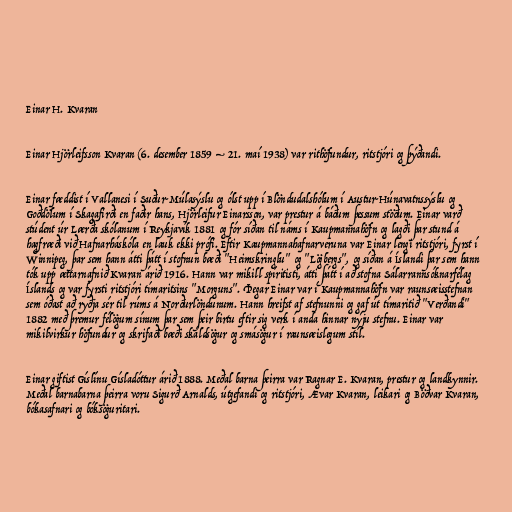
Einar H. Kvaran

Einar Hjörleifsson Kvaran (6. desember 1859 – 21. maí 1938) var rithöfundur, ritstjóri og þýðandi.

Einar fæddist í Vallanesi í Suður-Múlasýslu og ólst upp í Blöndudalshólum í Austur-Húnavatnssýslu og
Goðdölum í Skagafirði en faðir hans, Hjörleifur Einarsson, var prestur á báðum þessum stöðum. Einar varð
stúdent úr Lærða skólanum í Reykjavík 1881 og fór síðan til náms í Kaupmannahöfn og lagði þar stund á
hagfræði við Hafnarháskóla en lauk ekki prófi. Eftir Kaupmannahafnarveruna var Einar lengi ritstjóri, fyrst í
Winnipeg, þar sem hann átti þátt í stofnun bæði "Heimskringlu" og "Lögbergs", og síðan á Íslandi þar sem hann
tók upp ættarnafnið Kvaran árið 1916. Hann var mikill spíritisti, átti þátt í að stofna Sálarrannsóknarfélag
Íslands og var fyrsti ritstjóri tímaritsins "Morguns". Þegar Einar var í Kaupmannahöfn var raunsæisstefnan
sem óðast að ryðja sér til rúms á Norðurlöndunum. Hann hreifst af stefnunni og gaf út tímaritið "Verðandi"
1882 með þremur félögum sínum þar sem þeir birtu eftir sig verk í anda hinnar nýju stefnu. Einar var
mikilvirkur höfundur og skrifaði bæði skáldsögur og smásögur í raunsæislegum stíl.

Einar giftist Gíslínu Gísladóttur árið 1888. Meðal barna þeirra var Ragnar E. Kvaran, prestur og landkynnir.
Meðal barnabarna þeirra voru Sigurð Arnalds, útgefandi og ritstjóri, Ævar Kvaran, leikari og Böðvar Kvaran,
bókasafnari og bóksöguritari.